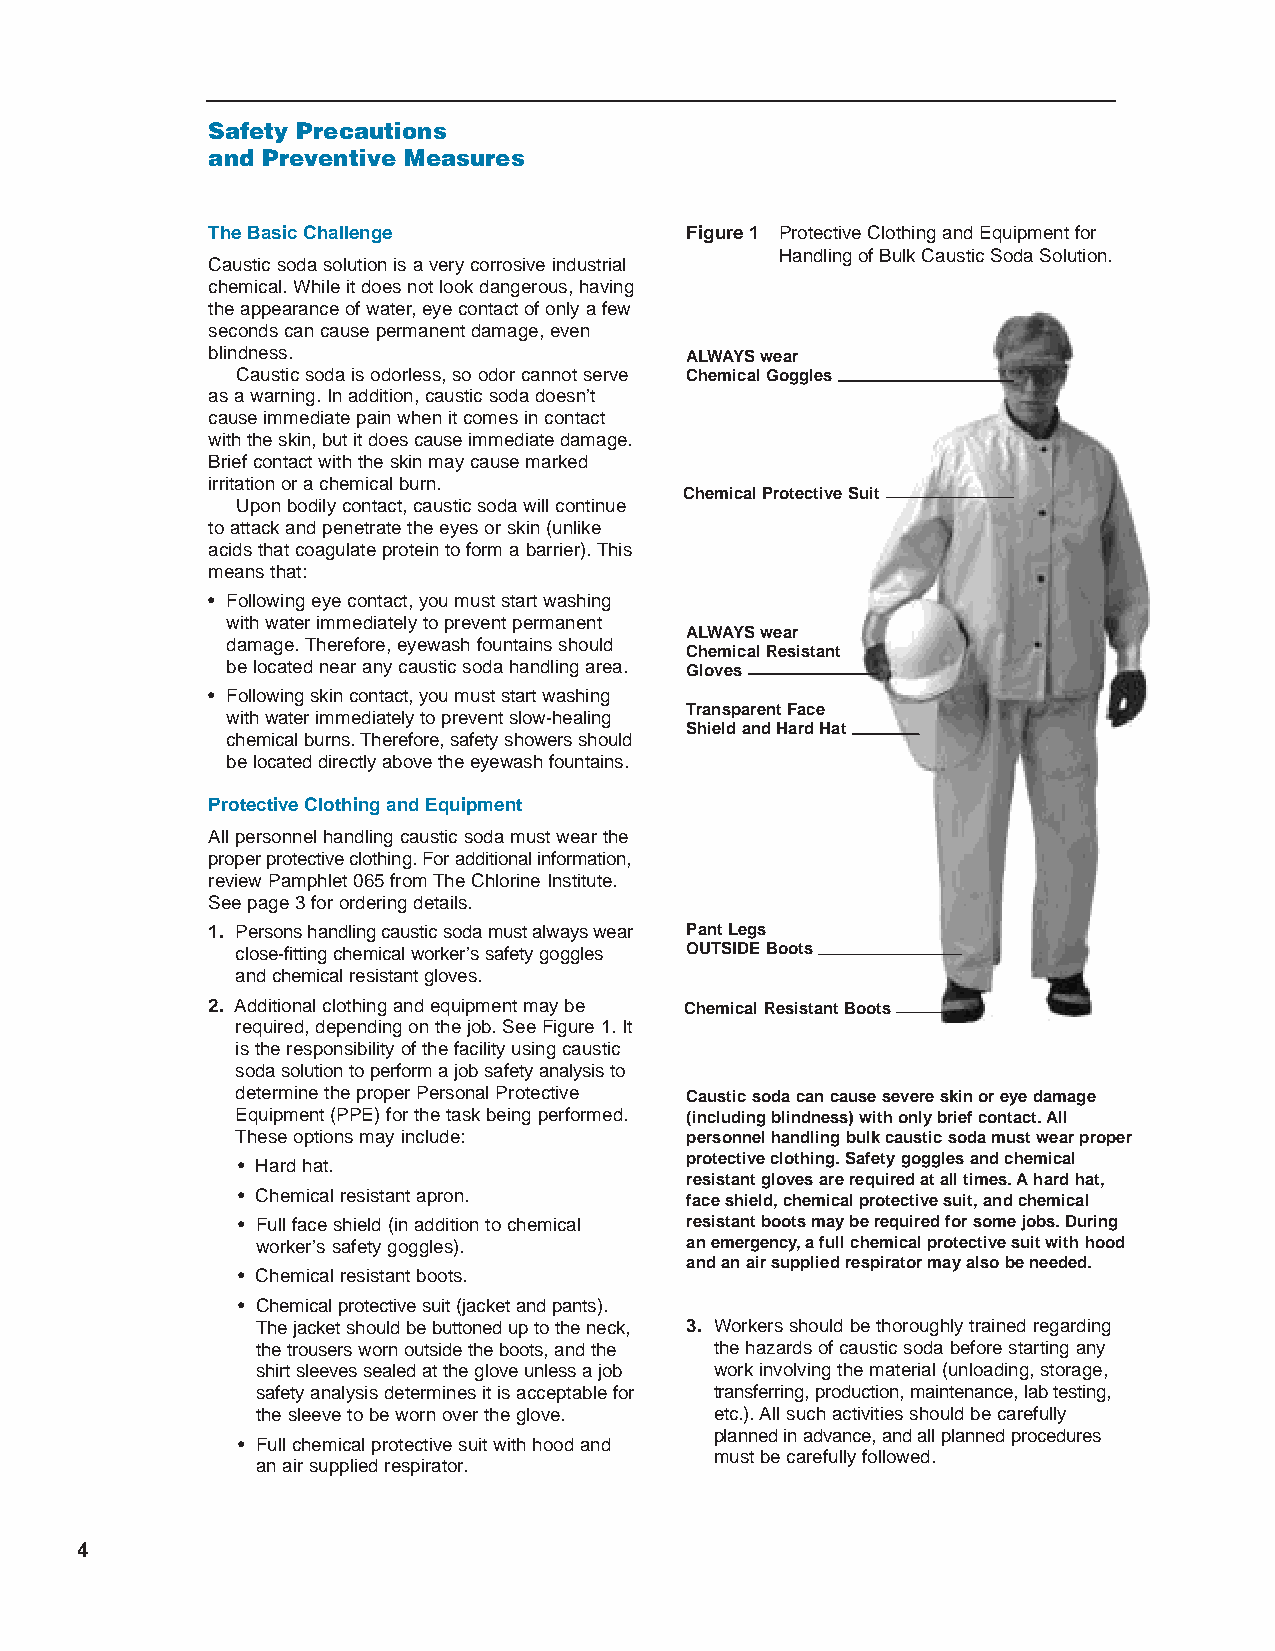
CMC31025.qxd 1/13/04 1:45 PM Page 4
 Safety Precautions
 and Preventive Measures
 The Basic Challenge             Figure 1 Protective Clothing and Equipment for
 Handling of Bulk Caustic Soda Solution.
 Caustic soda solution is a very corrosive industrial
 chemical. While it does not look dangerous, having
 the appearance of water, eye contact of only a few
 seconds can cause permanent damage, even
 blindness.                      ALWAYS wear
 Caustic soda is odorless, so odor cannot serve Chemical Goggles
 as a warning. In addition, caustic soda doesn’t
 cause immediate pain when it comes in contact
 with the skin, but it does cause immediate damage.
 Brief contact with the skin may cause marked
 irritation or a chemical burn.
 Chemical Protective Suit
 Upon bodily contact, caustic soda will continue
 to attack and penetrate the eyes or skin (unlike
 acids that coagulate protein to form a barrier). This
 means that:
 • Following eye contact, you must start washing
 with water immediately to prevent permanent
 ALWAYS wear
 damage. Therefore, eyewash fountains should
 Chemical Resistant
 be located near any caustic soda handling area. Gloves
 • Following skin contact, you must start washing
 Transparent Face
 with water immediately to prevent slow-healing
 Shield and Hard Hat
 chemical burns. Therefore, safety showers should
 be located directly above the eyewash fountains.
 Protective Clothing and Equipment
 All personnel handling caustic soda must wear the
 proper protective clothing. For additional information,
 review Pamphlet 065 from The Chlorine Institute.
 See page 3 for ordering details.
 1. Persons handling caustic soda must always wear Pant Legs
 close-fitting chemical worker’s safety goggles OUTSIDE Boots
 and chemical resistant gloves.
 2. Additional clothing and equipment may be Chemical Resistant Boots
 required, depending on the job. See Figure 1. It
 is the responsibility of the facility using caustic
 soda solution to perform a job safety analysis to
 determine the proper Personal Protective Caustic soda can cause severe skin or eye damage
 Equipment (PPE) for the task being performed. (including blindness) with only brief contact. All
 These options may include:    personnel handling bulk caustic soda must wear proper
 protective clothing. Safety goggles and chemical
 • Hard hat.
 resistant gloves are required at all times. Ahard hat,
 • Chemical resistant apron.   face shield, chemical protective suit, and chemical
 • Full face shield (in addition to chemical resistant boots may be required for some jobs. During
 worker’s safety goggles).    an emergency, a full chemical protective suit with hood
 and an air supplied respirator may also be needed.
 • Chemical resistant boots.
 • Chemical protective suit (jacket and pants).
 The jacket should be buttoned up to the neck, 3. Workers should be thoroughly trained regarding
 the trousers worn outside the boots, and the the hazards of caustic soda before starting any
 shirt sleeves sealed at the glove unless a job work involving the material (unloading, storage,
 safetyanalysis determines it is acceptable for transferring, production, maintenance, lab testing,
 the sleeve to be worn over the glove. etc.). All such activities should be carefully
 planned in advance, and all planned procedures
 • Full chemical protective suit with hood and
 must be carefully followed.
 an air supplied respirator.
 4